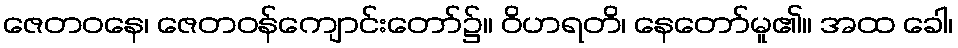
ဇေတဝနေ၊ ဇေတဝန်ကျောင်းတော်၌။ ဝိဟရတိ၊ နေတော်မူ၏။ အထ ခေါ၊